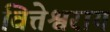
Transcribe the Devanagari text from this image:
वित्तेश्वराय